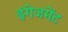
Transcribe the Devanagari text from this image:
इंगेजमेंट